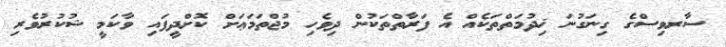
ސާރވިސްގެ ގިނަގުނަ ޚިދުމަތްތަކެއް އެ ފަރާތްތަކުން ދިވެހި މުޖްތަމަޢަށް ކޮށްދީފައި ވާކަމީ ޝުކުރުވެރި